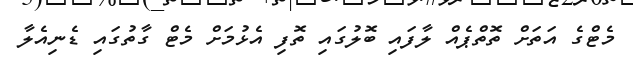
މެޓްގެ އަތަށް ތޮތްޕެއް ލާފައި ބޮލުގައި ތޮފި އެޅުމަށް މެޓް ގާތުގައި ޑެނިއެލާ